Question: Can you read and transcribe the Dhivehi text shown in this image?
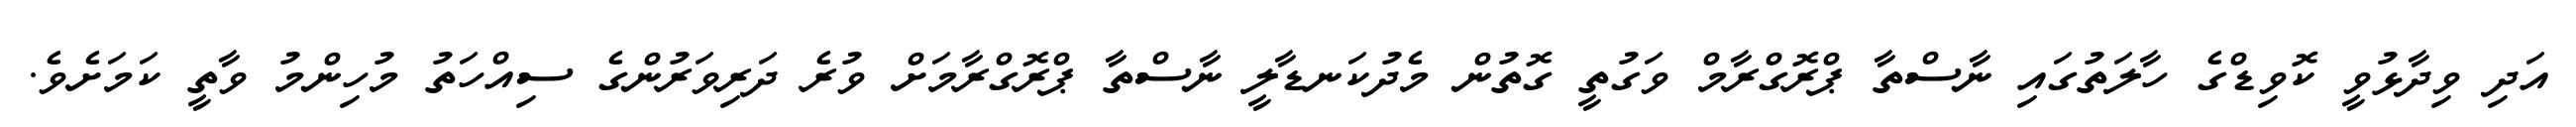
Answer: އަދި ވިދާޅުވީ ކޮވިޑްގެ ހާލަތުގައި ނާސްތާ ޕްރޮގްރާމް ވަގުތީ ގޮތުން މެދުކަނޑާލީ ނާސްތާ ޕްރޮގްރާމަށް ވުރެ ދަރިވަރުންގެ ސިއްހަތު މުހިންމު ވާތީ ކަމަށެވެ.